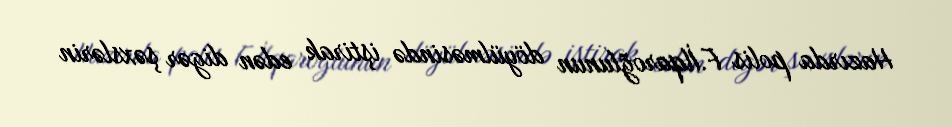
Hazırda polis F.İlqaroğlunun döyülməsində iştirak edən digər şəxslərin